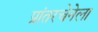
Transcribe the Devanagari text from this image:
प्रांतरचेनेला